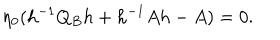
LaTeX: \eta _ { 0 } ( h ^ { - 1 } Q _ { B } h + h ^ { - 1 } A h - A ) = 0 .